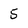
Character: 5